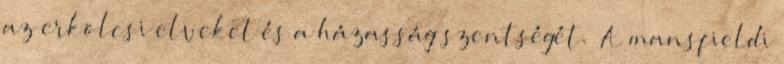
az erkölcsi elveket és a házasság szentségét. „A mansfieldi